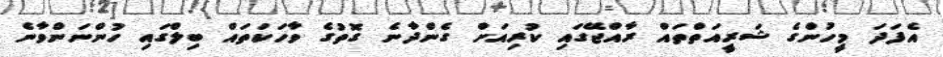
އެފަދަ މީހުންގެ ޝަރީއަތްތައް ރާއްޖޭގައި ކުރިއަށް ގެންދާނެ ގޮތުގެ ވާހަކަތައް ބިލްގައި ހުންނަންވާނެ